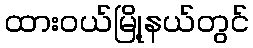
ထားဝယ်မြို့နယ်တွင်